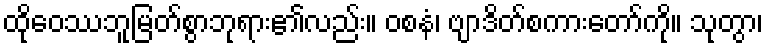
ထိုဝေဿဘူမြတ်စွာဘုရား၏လည်း။ ဝစနံ၊ ဗျာဒိတ်စကားတော်ကို။ သုတွာ၊